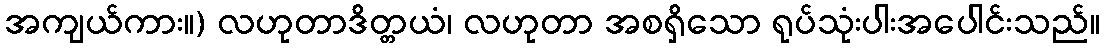
အကျယ်ကား။) လဟုတာဒိတ္တယံ၊ လဟုတာ အစရှိသော ရုပ်သုံးပါးအပေါင်းသည်။